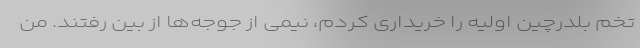
تخم بلدرچین اولیه را خریداری کردم، نیمی از جوجه‌ها از بین رفتند. من